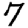
Digit: 7